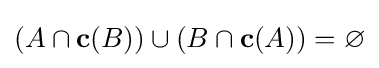
(A\cap \mathbf {c} (B))\cup (B\cap \mathbf {c} (A))=\varnothing